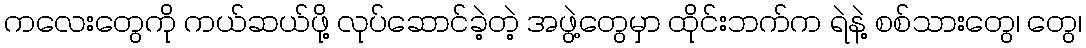
ကလေးတွေကို ကယ်ဆယ်ဖို့ လုပ်ဆောင်ခဲ့တဲ့ အဖွဲ့တွေမှာ ထိုင်းဘက်က ရဲနဲ့ စစ်သားတွေ၊ တွေ၊